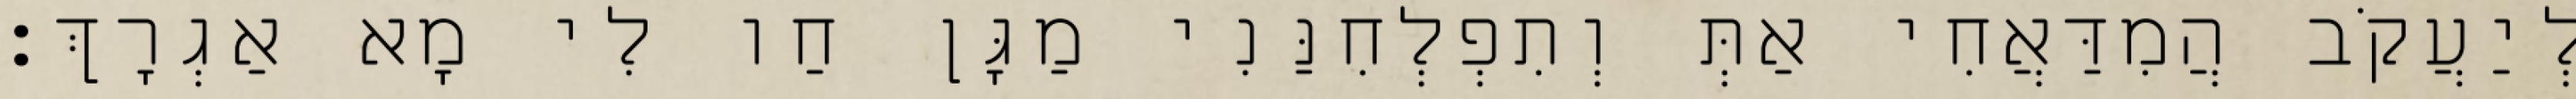
לְיַעֲקֹב הֲמִדַּאֲחִי אַתְּ וְתִפְלְחִנַּנִי מַגָּן חַו לִי מָא אַגְרָךְ׃